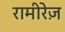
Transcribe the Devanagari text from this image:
रामीरेज़